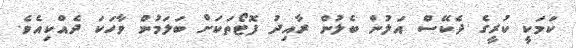
ކަމަކީ ކުރީގެ ދެކޭސް އަލުން ބެލުން ރާއިދު ފޮޓޯތަކަށް ބަލަމުން ވާހަކަ ދެއްކިއެވެ.